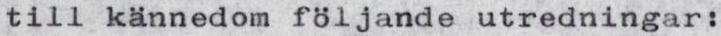
till kännedom följande utredningar: